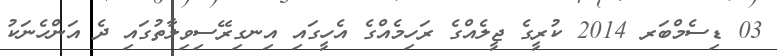
03 ޑިސެމްބަރ 2014 ކުރީގެ ޖީލެއްގެ ރަހިމެއްގެ އެހީގައި އިނގިރޭސިވިލާތުގައި ދެ އަންހެނަކު